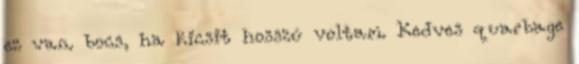
ez van. bocs, ha kicsit hosszú voltam. Kedves quarbage